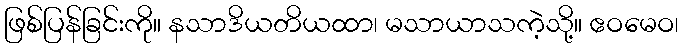
ဖြစ်ပြန်ခြင်းကို။ နသာဒိယတိယထာ၊ မသာယာသကဲ့သို့။ ဧဝမေဝ၊